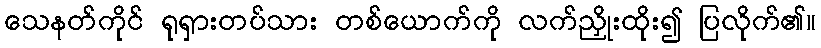
သေနတ်ကိုင် ရုရှားတပ်သား တစ်ယောက်ကို လက်ညှိုးထိုး၍ ပြလိုက်၏။